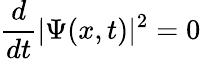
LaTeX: {\frac{d}{dt}}|\Psi(x,t)|^{2}=0